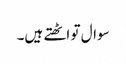
سوال تو اٹھتے ہیں۔